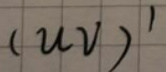
$(uv)'$